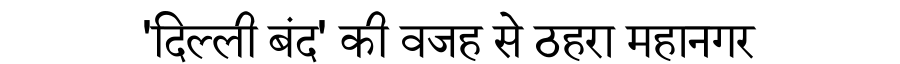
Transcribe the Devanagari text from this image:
'दिल्ली बंद' की वजह से ठहरा महानगर